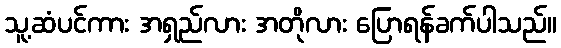
သူ့ဆံပင်ကား အရှည်လား အတိုလား ပြောရန်ခက်ပါသည်။